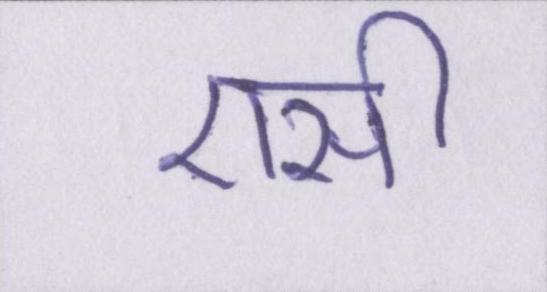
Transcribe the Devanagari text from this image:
एसी